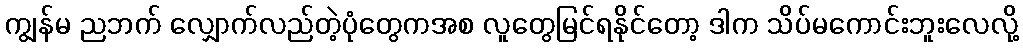
ကျွန်မ ညဘက် လျှောက်လည်တဲ့ပုံတွေကအစ လူတွေမြင်ရနိုင်တော့ ဒါက သိပ်မကောင်းဘူးလေလို့